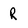
Character: R